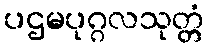
ပဌမပုဂ္ဂလသုတ္တံ